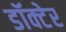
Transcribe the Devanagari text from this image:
डॉक्टेर